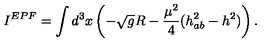
I ^ { E P F } = \int d ^ { 3 } x \left( - \sqrt { g } R - \frac { \mu ^ { 2 } } { 4 } ( h _ { a b } ^ { 2 } - h ^ { 2 } ) \right) .